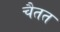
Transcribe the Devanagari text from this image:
चैतत